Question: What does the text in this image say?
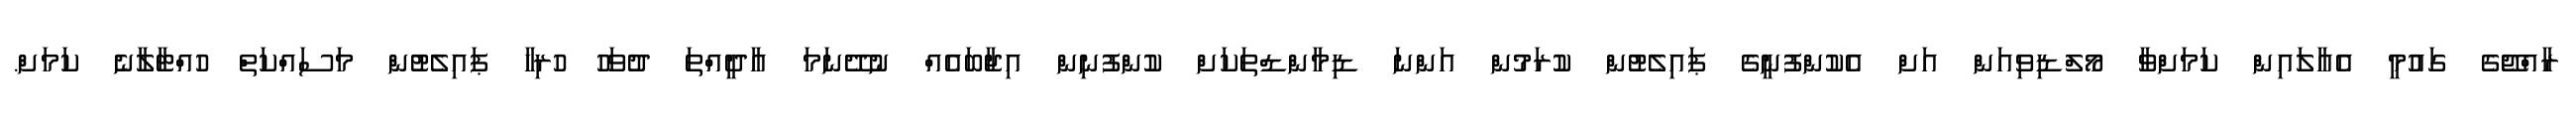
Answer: ރާއްޖޭގެ ގައުމީ އެއާލައިން ކަމަށްވާ މޯލްޑިވިއަން އަށް އެކުންފުނީގެ ޕައިލެޓުން ކުރަމުން އަންނަ ޑިމާންޑްތަކަށް ކުންފުނިން އިޖާބައެއް ނުދޭނަމަ އާދީއްތަ ދުވަހު ހުރިހާ ޕައިލެޓުން މަސައްކަތް ހުއްޓާލާނެ ކަމަށް.